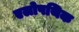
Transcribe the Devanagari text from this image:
एलोपथिक